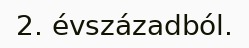
2. évszázadból.